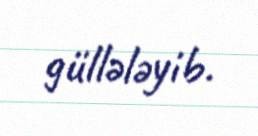
güllələyib.